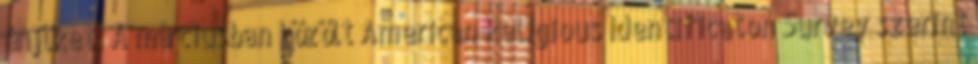
énjüket. A márciusban közölt American Religious Identificaton Survey szerint